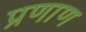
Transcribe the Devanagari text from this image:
प्रणाण